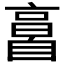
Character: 𦤘